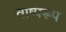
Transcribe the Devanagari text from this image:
वाष्परूप